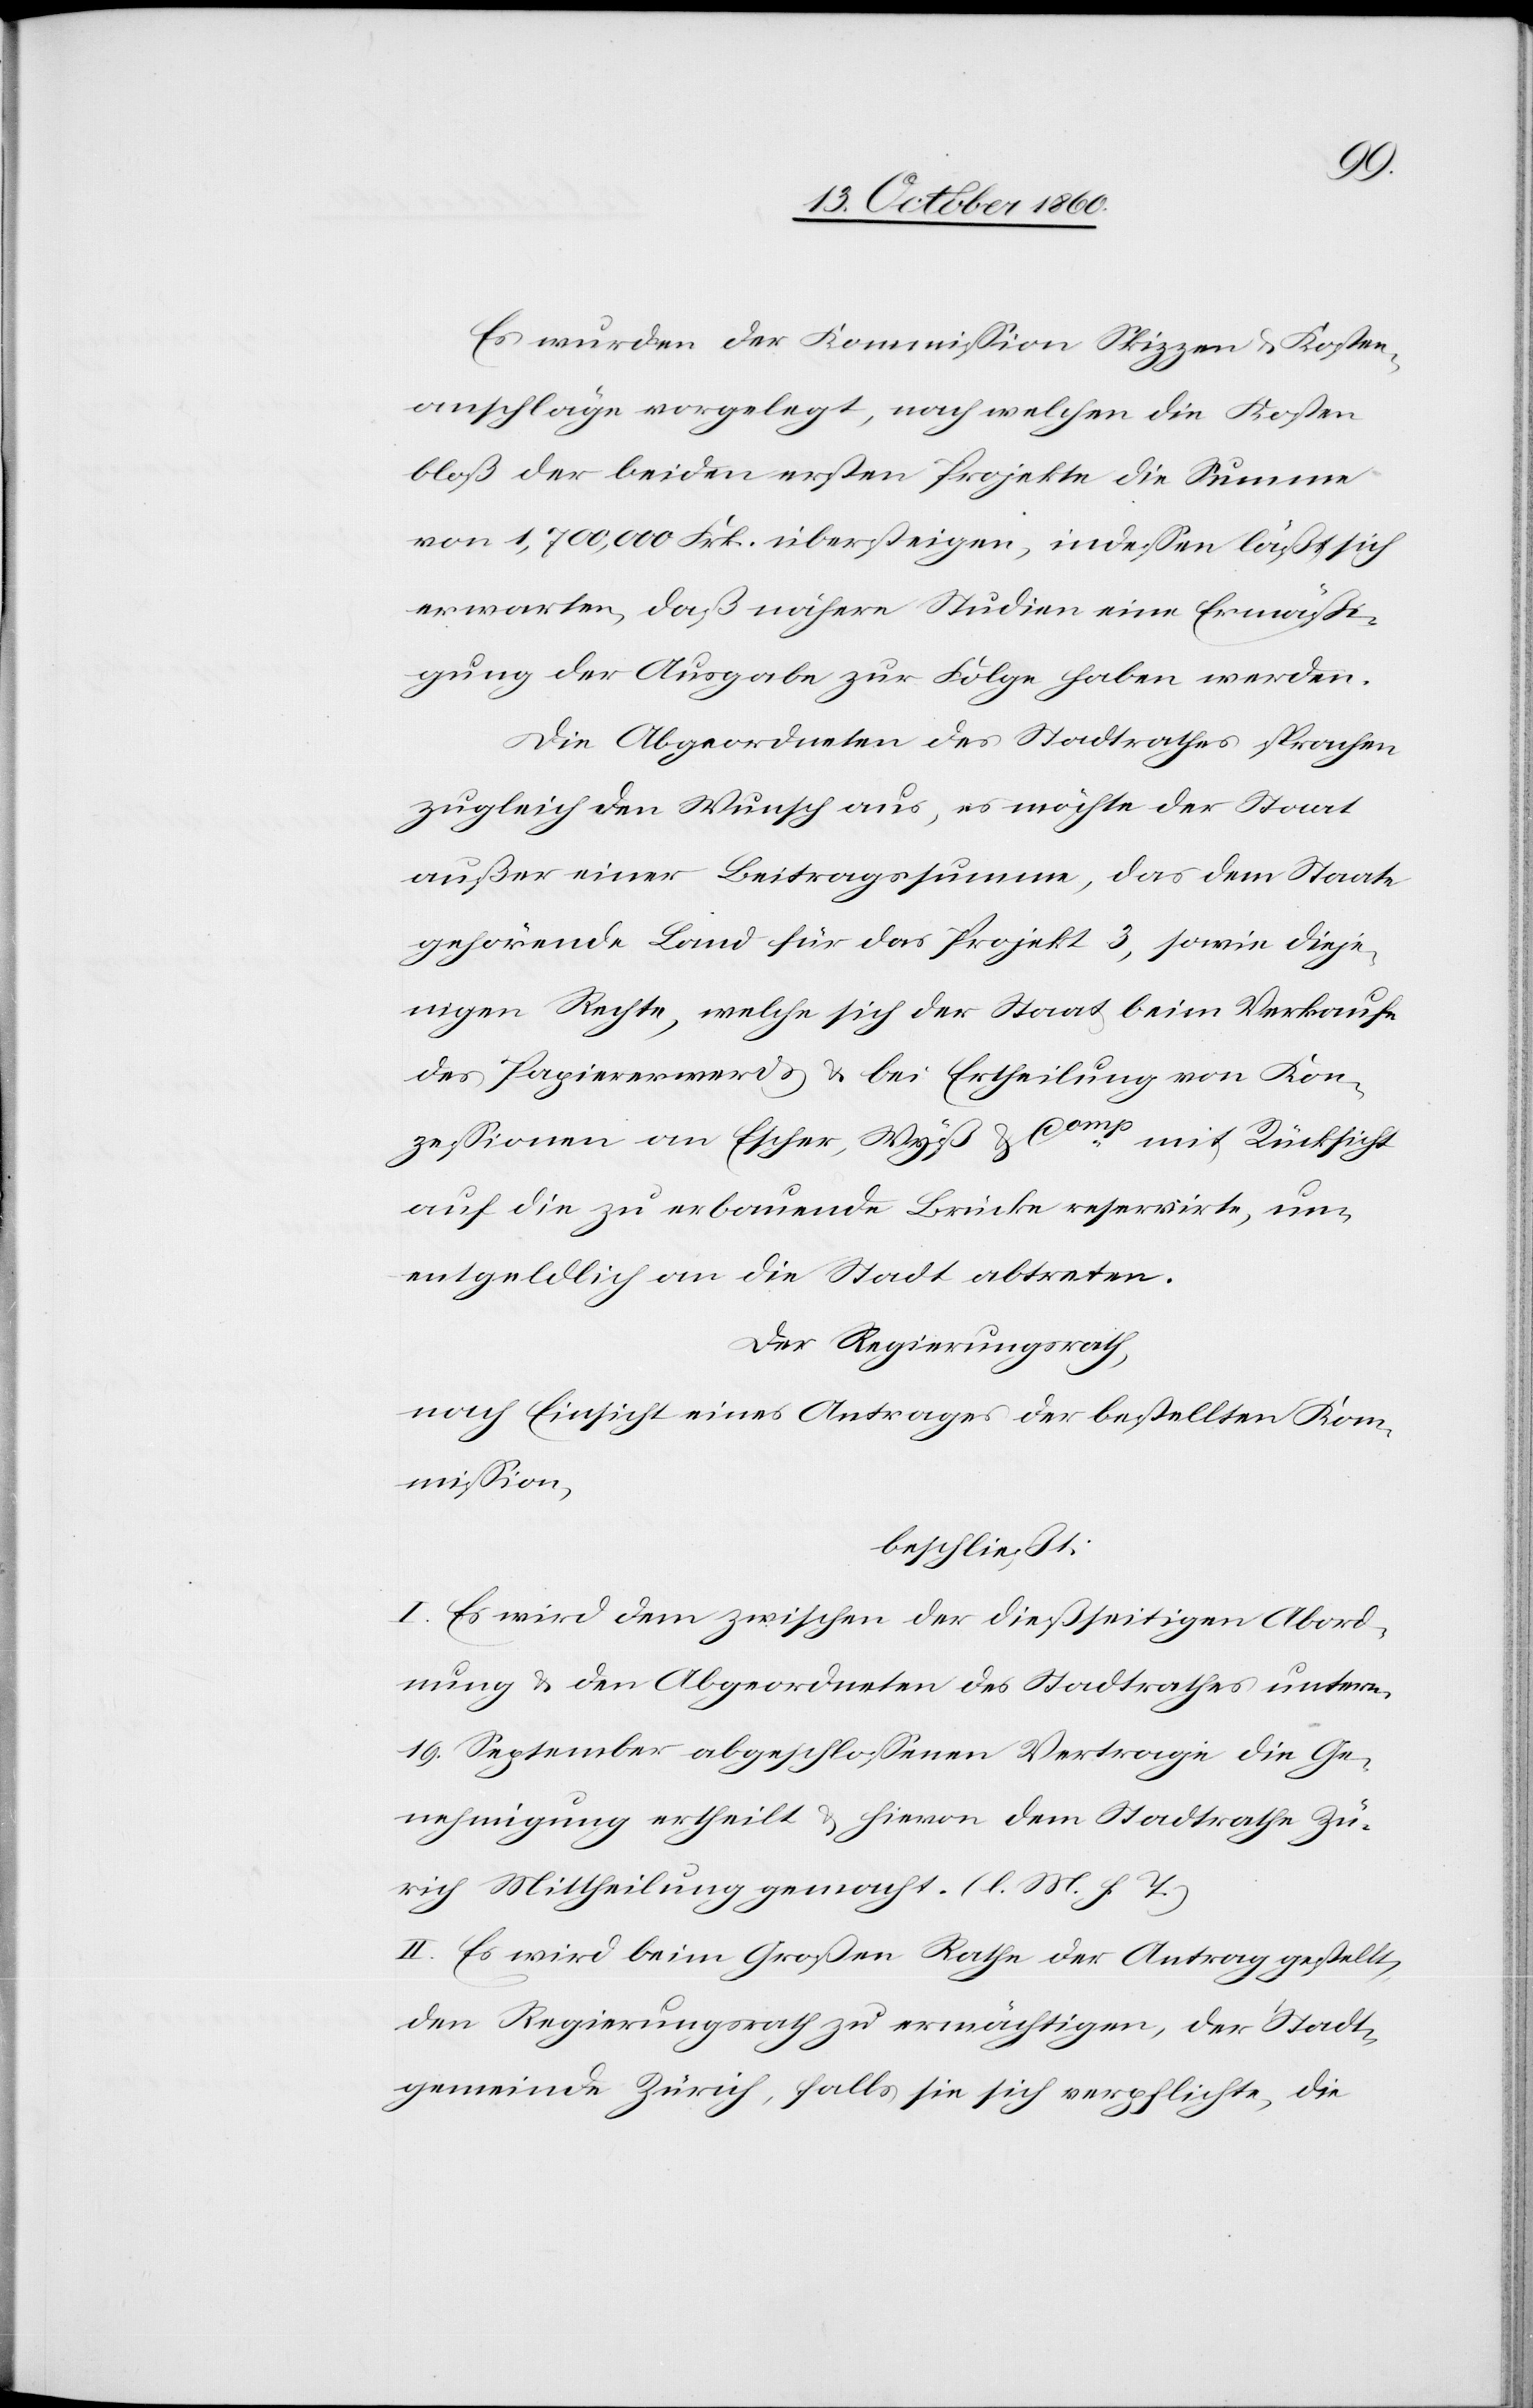
Es wurden der Kommission Skizzen u. Kosten¬
anschläge vorgelegt, nach welchen die Kosten
bloß der beiden ersten Projekte die Summe
von 1,700,000 Frk. übersteigen, indessen läßt sich
erwarten, daß nähere Studien eine Ermäßi¬
gung der Ausgabe zur Folge haben werden.
Die Abgeordneten des Stadtrathes sprachen
zugleich den Wunsch aus, es möchte der Staat
außer einer Beitragssumme, das dem Staate
gehörende Land für das Projekt 3, sowie dieje¬
nigen Rechte, welche sich der Staat beim Verkauf
des Papiererwerds u. bei Ertheilung von Kon¬
zessionen an Escher, Wyß & Comp mit Rücksicht
auf die zu erbauende Brücke reservierte, un¬
entgeldlich an die Stadt abtreten.
Der Regierungsrath,
nach Einsicht eines Antrages der bestellten Kom¬
mission,
beschließt:
I. Es wird dem zwischen der dießseitigen Abord¬
nung u. den Abgeordneten des Stadtrathes unterm
19. September abgeschlossenen Vertrage die Ge¬
nehmigung ertheilt u. hievon dem Stadtrathe Zü¬
rich Mittheilung gemacht. (l. M. h. T.)
II. Es wird beim Großen Rathe der Antrag gestellt,
den Regierungsrath zu ermächtigen, der Stadt¬
gemeinde Zürich, falls sie sich verpflichte, die